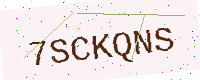
Text: 7SCKQNS